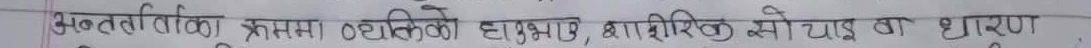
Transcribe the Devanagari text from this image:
अन्तरविभिन्नतामा । ० ब्यक्तिखे हाउने , शारीरिक सोचाइ वा धारणा